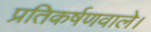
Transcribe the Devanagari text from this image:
प्रतिकर्षणवाले।